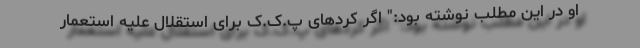
او در این مطلب نوشته بود:" اگر کردهای پ.ک.ک برای استقلال علیه استعمار